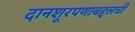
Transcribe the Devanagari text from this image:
दानशूरपणाबद्दलची